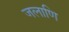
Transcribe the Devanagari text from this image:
जलाणि